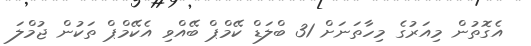
އެގޮތުން މިއަރުގެ މިހާތަނަށް 31 ބްލަޑް ކޭމްޕް ބޭއްވި އެކޭމްޕް ތަކުން ޖުމްލަ